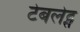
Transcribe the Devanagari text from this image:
टेबलेट्स